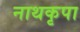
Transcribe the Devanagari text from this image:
नाथकृपा